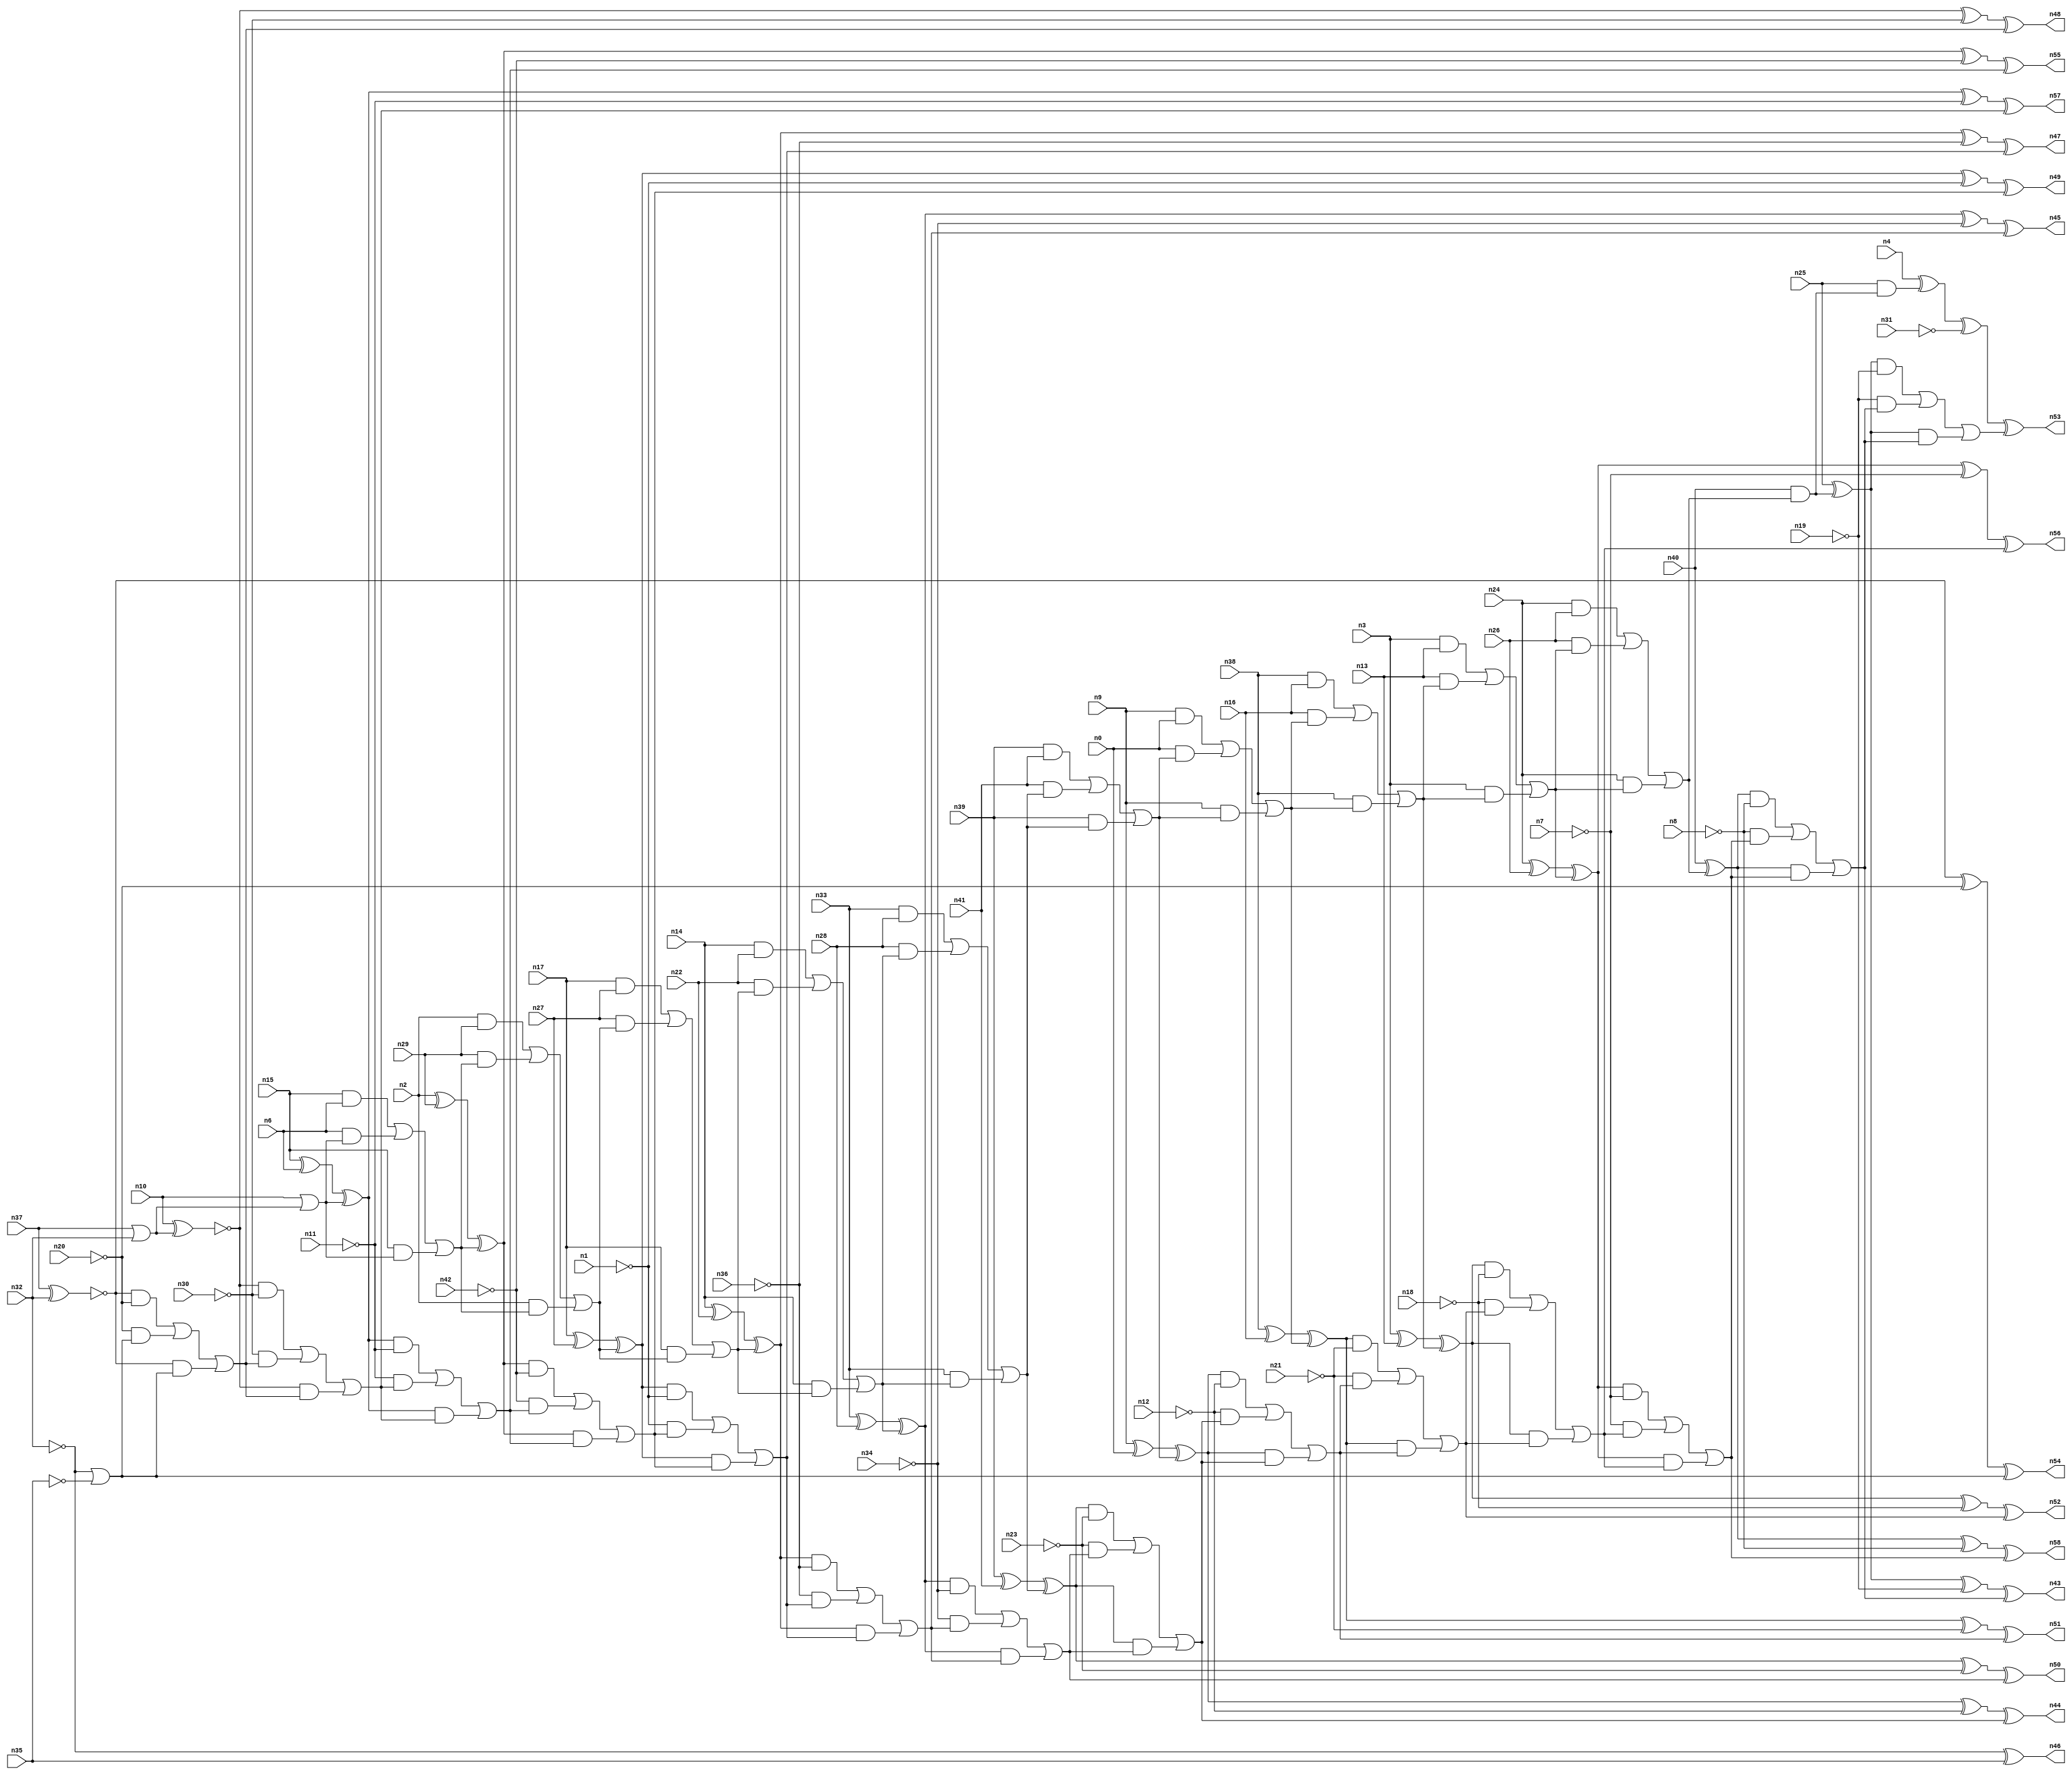
//
// Conformal-LEC Version 15.20-d227 ( 10-Mar-2016) ( 64 bit executable)
//
module top ( n0 , n1 , n2 , n3 , n4 , n6 , n7 , n8 , n9 , n10 , n11 , n12 , n13 , n14 , n15 , n16 , n17 , n18 , n19 , n20 , n21 , n22 , n23 , n24 , n25 , n26 , n27 , n28 , n29 , n30 , n31 , n32 , n33 , n34 , n35 , n36 , n37 , n38 , n39 , n40 , n41 , n42 , n43 , n44 , n45 , n46 , n47 , n48 , n49 , n50 , n51 , n52 , n53 , n54 , n55 , n56 , n57 , n58 );
input n0 , n1 , n2 , n3 , n4 , n6 , n7 , n8 , n9 , n10 , n11 , n12 , n13 , n14 , n15 , n16 , n17 , n18 , n19 , n20 , n21 , n22 , n23 , n24 , n25 , n26 , n27 , n28 , n29 , n30 , n31 , n32 , n33 , n34 , n35 , n36 , n37 , n38 , n39 , n40 , n41 , n42 ;
output n43 , n44 , n45 , n46 , n47 , n48 , n49 , n50 , n51 , n52 , n53 , n54 , n55 , n56 , n57 , n58 ;

wire n118 , n119 , n120 , n121 , n122 , n123 , n124 , n125 , n126 , 
     n127 , n128 , n129 , n130 , n131 , n132 , n133 , n134 , n135 , n136 , 
     n137 , n138 , n139 , n140 , n141 , n142 , n143 , n144 , n145 , n146 , 
     n147 , n148 , n149 , n150 , n151 , n152 , n153 , n154 , n155 , n156 , 
     n157 , n158 , n159 , n160 , n161 , n162 , n163 , n164 , n165 , n166 , 
     n167 , n168 , n169 , n170 , n171 , n172 , n173 , n174 , n175 , n176 , 
     n177 , n178 , n179 , n180 , n181 , n182 , n183 , n184 , n185 , n186 , 
     n187 , n188 , n189 , n190 , n191 , n192 , n193 , n194 , n195 , n196 , 
     n197 , n198 , n199 , n200 , n201 , n202 , n203 , n204 , n205 , n206 , 
     n207 , n208 , n209 , n210 , n211 , n212 , n213 , n214 , n215 , n216 , 
     n217 , n218 , n219 , n220 , n221 , n222 , n223 , n224 , n225 , n226 , 
     n227 , n228 , n229 , n230 , n231 , n232 , n233 , n234 , n235 , n236 , 
     n237 , n238 , n239 , n240 , n241 , n242 , n243 , n244 , n245 , n246 , 
     n247 , n248 , n249 , n250 , n251 , n252 , n253 , n254 , n255 , n256 , 
     n257 , n258 , n259 , n260 , n261 , n262 , n263 , n264 , n265 , n266 , 
     n267 , n268 , n269 , n270 , n271 , n272 , n273 , n274 , n275 , n276 , 
     n277 , n278 , n279 , n280 , n281 , n282 , n283 , n284 , n285 , n286 , 
     n287 , n288 , n289 , n290 , n291 , n292 , n293 , n294 , n295 , n296 , 
     n297 , n298 , n299 , n300 , n301 , n302 , n303 , n304 , n305 , n306 , 
     n307 , n308 , n309 , n310 , n311 , n312 , n313 , n314 , n315 , n316 , 
     n317 , n318 , n319 , n320 , n321 , n322 , n323 , n324 , n325 , n326 , 
     n327 , n328 , n329 , n330 , n331 , n332 , n333 , n334 , n335 , n336 , 
     n337 , n338 , n339 , n340 , n341 , n342 , n343 , n344 , n345 , n346 , 
     n347 , n348 , n349 , n350 , n351 , n352 , n353 , n354 , n355 , n356 , 
     n357 , n358 , n359 , n360 , n361 , n362 , n363 , n364 , n365 , n366 , 
     n367 , n368 , n369 , n370 , n371 , n372 , n373 , n374 , n375 , n376 , 
     n377 , n378 , n379 , n380 , n381 , n382 , n383 , n384 , n385 , n386 , 
     n387 , n388 , n389 , n390 , n391 , n392 , n393 , n394 , n395 , n396 , 
     n397 , n398 , n399 , n400 , n401 , n402 , n403 , n404 , n405 , n406 , 
     n407 , n408 , n409 , n410 , n411 , n412 , n413 , n414 , n415 , n416 , 
     n417 , n418 , n419 , n420 , n421 , n422 , n423 , n424 , n425 , n426 , 
     n427 , n428 , n429 , n430 , n431 , n432 , n433 , n434 , n435 , n436 , 
     n437 , n438 , n439 , n440 , n441 ;
buf ( n53 , n382 );
buf ( n43 , n386 );
buf ( n58 , n390 );
buf ( n56 , n394 );
buf ( n52 , n398 );
buf ( n51 , n402 );
buf ( n44 , n406 );
buf ( n50 , n410 );
buf ( n45 , n414 );
buf ( n47 , n418 );
buf ( n49 , n422 );
buf ( n55 , n426 );
buf ( n57 , n430 );
buf ( n48 , n434 );
buf ( n54 , n438 );
buf ( n46 , n441 );
buf ( n120 , n4 );
buf ( n121 , n25 );
buf ( n122 , n40 );
buf ( n123 , n24 );
buf ( n124 , n3 );
buf ( n125 , n38 );
buf ( n126 , n9 );
buf ( n127 , n39 );
buf ( n128 , n33 );
buf ( n129 , n14 );
buf ( n130 , n17 );
buf ( n131 , n2 );
buf ( n132 , n15 );
buf ( n133 , n10 );
buf ( n134 , n37 );
buf ( n135 , n32 );
buf ( n136 , n31 );
buf ( n137 , n19 );
buf ( n138 , n8 );
buf ( n139 , n7 );
buf ( n140 , n18 );
buf ( n141 , n21 );
buf ( n142 , n12 );
buf ( n143 , n23 );
buf ( n144 , n34 );
buf ( n145 , n36 );
buf ( n146 , n1 );
buf ( n147 , n42 );
buf ( n148 , n11 );
buf ( n149 , n30 );
buf ( n150 , n20 );
buf ( n151 , n35 );
buf ( n152 , n26 );
buf ( n153 , n13 );
buf ( n154 , n16 );
buf ( n155 , n0 );
buf ( n156 , n41 );
buf ( n157 , n28 );
buf ( n158 , n22 );
buf ( n159 , n27 );
buf ( n160 , n29 );
buf ( n161 , n6 );
buf ( n162 , n120 );
buf ( n163 , n121 );
buf ( n164 , n122 );
buf ( n165 , n123 );
buf ( n166 , n152 );
and ( n167 , n165 , n166 );
buf ( n168 , n124 );
buf ( n169 , n153 );
and ( n170 , n168 , n169 );
buf ( n171 , n125 );
buf ( n172 , n154 );
and ( n173 , n171 , n172 );
buf ( n174 , n126 );
buf ( n175 , n155 );
and ( n176 , n174 , n175 );
buf ( n177 , n127 );
buf ( n178 , n156 );
and ( n179 , n177 , n178 );
buf ( n180 , n128 );
buf ( n181 , n157 );
and ( n182 , n180 , n181 );
buf ( n183 , n129 );
buf ( n184 , n158 );
and ( n185 , n183 , n184 );
buf ( n186 , n130 );
buf ( n187 , n159 );
and ( n188 , n186 , n187 );
buf ( n189 , n131 );
buf ( n190 , n160 );
and ( n191 , n189 , n190 );
buf ( n192 , n132 );
buf ( n193 , n161 );
and ( n194 , n192 , n193 );
buf ( n195 , n133 );
buf ( n196 , n134 );
buf ( n197 , n135 );
or ( n198 , n196 , n197 );
or ( n199 , n195 , n198 );
and ( n200 , n193 , n199 );
and ( n201 , n192 , n199 );
or ( n202 , n194 , n200 , n201 );
and ( n203 , n190 , n202 );
and ( n204 , n189 , n202 );
or ( n205 , n191 , n203 , n204 );
and ( n206 , n187 , n205 );
and ( n207 , n186 , n205 );
or ( n208 , n188 , n206 , n207 );
and ( n209 , n184 , n208 );
and ( n210 , n183 , n208 );
or ( n211 , n185 , n209 , n210 );
and ( n212 , n181 , n211 );
and ( n213 , n180 , n211 );
or ( n214 , n182 , n212 , n213 );
and ( n215 , n178 , n214 );
and ( n216 , n177 , n214 );
or ( n217 , n179 , n215 , n216 );
and ( n218 , n175 , n217 );
and ( n219 , n174 , n217 );
or ( n220 , n176 , n218 , n219 );
and ( n221 , n172 , n220 );
and ( n222 , n171 , n220 );
or ( n223 , n173 , n221 , n222 );
and ( n224 , n169 , n223 );
and ( n225 , n168 , n223 );
or ( n226 , n170 , n224 , n225 );
and ( n227 , n166 , n226 );
and ( n228 , n165 , n226 );
or ( n229 , n167 , n227 , n228 );
and ( n230 , n164 , n229 );
and ( n231 , n163 , n230 );
xor ( n232 , n162 , n231 );
buf ( n233 , n232 );
buf ( n234 , n233 );
buf ( n235 , n136 );
not ( n236 , n235 );
xor ( n237 , n234 , n236 );
xor ( n238 , n163 , n230 );
buf ( n239 , n238 );
buf ( n240 , n239 );
buf ( n241 , n137 );
not ( n242 , n241 );
and ( n243 , n240 , n242 );
xor ( n244 , n164 , n229 );
buf ( n245 , n244 );
buf ( n246 , n245 );
buf ( n247 , n138 );
not ( n248 , n247 );
and ( n249 , n246 , n248 );
xor ( n250 , n165 , n166 );
xor ( n251 , n250 , n226 );
buf ( n252 , n251 );
buf ( n253 , n252 );
buf ( n254 , n139 );
not ( n255 , n254 );
and ( n256 , n253 , n255 );
xor ( n257 , n168 , n169 );
xor ( n258 , n257 , n223 );
buf ( n259 , n258 );
buf ( n260 , n259 );
buf ( n261 , n140 );
not ( n262 , n261 );
and ( n263 , n260 , n262 );
xor ( n264 , n171 , n172 );
xor ( n265 , n264 , n220 );
buf ( n266 , n265 );
buf ( n267 , n266 );
buf ( n268 , n141 );
not ( n269 , n268 );
and ( n270 , n267 , n269 );
xor ( n271 , n174 , n175 );
xor ( n272 , n271 , n217 );
buf ( n273 , n272 );
buf ( n274 , n273 );
buf ( n275 , n142 );
not ( n276 , n275 );
and ( n277 , n274 , n276 );
xor ( n278 , n177 , n178 );
xor ( n279 , n278 , n214 );
buf ( n280 , n279 );
buf ( n281 , n280 );
buf ( n282 , n143 );
not ( n283 , n282 );
and ( n284 , n281 , n283 );
xor ( n285 , n180 , n181 );
xor ( n286 , n285 , n211 );
buf ( n287 , n286 );
buf ( n288 , n287 );
buf ( n289 , n144 );
not ( n290 , n289 );
and ( n291 , n288 , n290 );
xor ( n292 , n183 , n184 );
xor ( n293 , n292 , n208 );
buf ( n294 , n293 );
buf ( n295 , n294 );
buf ( n296 , n145 );
not ( n297 , n296 );
and ( n298 , n295 , n297 );
xor ( n299 , n186 , n187 );
xor ( n300 , n299 , n205 );
buf ( n301 , n300 );
buf ( n302 , n301 );
buf ( n303 , n146 );
not ( n304 , n303 );
and ( n305 , n302 , n304 );
xor ( n306 , n189 , n190 );
xor ( n307 , n306 , n202 );
buf ( n308 , n307 );
buf ( n309 , n308 );
buf ( n310 , n147 );
not ( n311 , n310 );
and ( n312 , n309 , n311 );
xor ( n313 , n192 , n193 );
xor ( n314 , n313 , n199 );
buf ( n315 , n314 );
buf ( n316 , n315 );
buf ( n317 , n148 );
not ( n318 , n317 );
and ( n319 , n316 , n318 );
xnor ( n320 , n195 , n198 );
buf ( n321 , n320 );
buf ( n322 , n321 );
buf ( n323 , n149 );
not ( n324 , n323 );
and ( n325 , n322 , n324 );
xnor ( n326 , n196 , n197 );
buf ( n327 , n326 );
buf ( n328 , n327 );
buf ( n329 , n150 );
not ( n330 , n329 );
and ( n331 , n328 , n330 );
not ( n332 , n197 );
buf ( n333 , n332 );
buf ( n334 , n333 );
buf ( n335 , n151 );
not ( n336 , n335 );
or ( n337 , n334 , n336 );
and ( n338 , n330 , n337 );
and ( n339 , n328 , n337 );
or ( n340 , n331 , n338 , n339 );
and ( n341 , n324 , n340 );
and ( n342 , n322 , n340 );
or ( n343 , n325 , n341 , n342 );
and ( n344 , n318 , n343 );
and ( n345 , n316 , n343 );
or ( n346 , n319 , n344 , n345 );
and ( n347 , n311 , n346 );
and ( n348 , n309 , n346 );
or ( n349 , n312 , n347 , n348 );
and ( n350 , n304 , n349 );
and ( n351 , n302 , n349 );
or ( n352 , n305 , n350 , n351 );
and ( n353 , n297 , n352 );
and ( n354 , n295 , n352 );
or ( n355 , n298 , n353 , n354 );
and ( n356 , n290 , n355 );
and ( n357 , n288 , n355 );
or ( n358 , n291 , n356 , n357 );
and ( n359 , n283 , n358 );
and ( n360 , n281 , n358 );
or ( n361 , n284 , n359 , n360 );
and ( n362 , n276 , n361 );
and ( n363 , n274 , n361 );
or ( n364 , n277 , n362 , n363 );
and ( n365 , n269 , n364 );
and ( n366 , n267 , n364 );
or ( n367 , n270 , n365 , n366 );
and ( n368 , n262 , n367 );
and ( n369 , n260 , n367 );
or ( n370 , n263 , n368 , n369 );
and ( n371 , n255 , n370 );
and ( n372 , n253 , n370 );
or ( n373 , n256 , n371 , n372 );
and ( n374 , n248 , n373 );
and ( n375 , n246 , n373 );
or ( n376 , n249 , n374 , n375 );
and ( n377 , n242 , n376 );
and ( n378 , n240 , n376 );
or ( n379 , n243 , n377 , n378 );
xor ( n380 , n237 , n379 );
buf ( n381 , n380 );
buf ( n382 , n381 );
xor ( n383 , n240 , n242 );
xor ( n384 , n383 , n376 );
buf ( n385 , n384 );
buf ( n386 , n385 );
xor ( n387 , n246 , n248 );
xor ( n388 , n387 , n373 );
buf ( n389 , n388 );
buf ( n390 , n389 );
xor ( n391 , n253 , n255 );
xor ( n392 , n391 , n370 );
buf ( n393 , n392 );
buf ( n394 , n393 );
xor ( n395 , n260 , n262 );
xor ( n396 , n395 , n367 );
buf ( n397 , n396 );
buf ( n398 , n397 );
xor ( n399 , n267 , n269 );
xor ( n400 , n399 , n364 );
buf ( n401 , n400 );
buf ( n402 , n401 );
xor ( n403 , n274 , n276 );
xor ( n404 , n403 , n361 );
buf ( n405 , n404 );
buf ( n406 , n405 );
xor ( n407 , n281 , n283 );
xor ( n408 , n407 , n358 );
buf ( n409 , n408 );
buf ( n410 , n409 );
xor ( n411 , n288 , n290 );
xor ( n412 , n411 , n355 );
buf ( n413 , n412 );
buf ( n414 , n413 );
xor ( n415 , n295 , n297 );
xor ( n416 , n415 , n352 );
buf ( n417 , n416 );
buf ( n418 , n417 );
xor ( n419 , n302 , n304 );
xor ( n420 , n419 , n349 );
buf ( n421 , n420 );
buf ( n422 , n421 );
xor ( n423 , n309 , n311 );
xor ( n424 , n423 , n346 );
buf ( n425 , n424 );
buf ( n426 , n425 );
xor ( n427 , n316 , n318 );
xor ( n428 , n427 , n343 );
buf ( n429 , n428 );
buf ( n430 , n429 );
xor ( n431 , n322 , n324 );
xor ( n432 , n431 , n340 );
buf ( n433 , n432 );
buf ( n434 , n433 );
xor ( n435 , n328 , n330 );
xor ( n436 , n435 , n337 );
buf ( n437 , n436 );
buf ( n438 , n437 );
xor ( n439 , n334 , n335 );
buf ( n440 , n439 );
buf ( n441 , n440 );
endmodule